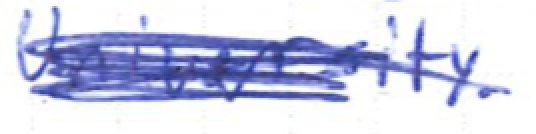
Text: University.
Cross-out: scratch
Writing tool: ballpoint